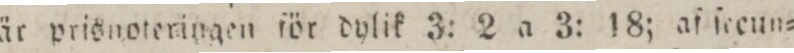
är prisnoteringen för dylik 3: 2 a 3: 18; af ſceun=